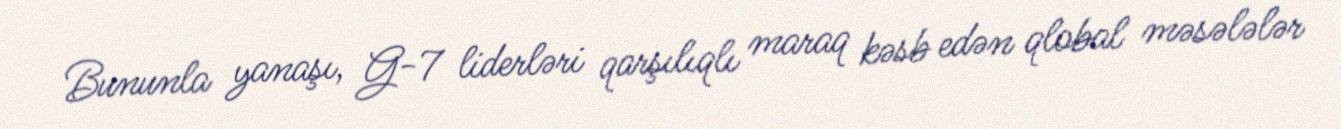
Bununla yanaşı, G-7 liderləri qarşılıqlı maraq kəsb edən qlobal məsələlər